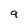
Character: 9